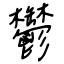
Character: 鬱